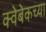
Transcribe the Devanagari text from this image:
क्वेबेकच्या